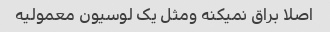
اصلا براق نمیکنه ومثل یک لوسیون معمولیه